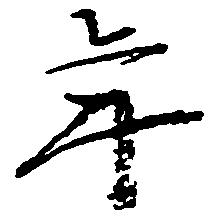
年